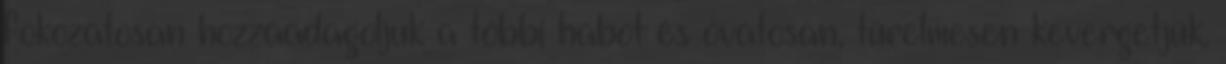
fokozatosan hozzáadagoljuk a többi habot és óvatosan, türelmesen kevergetjük.